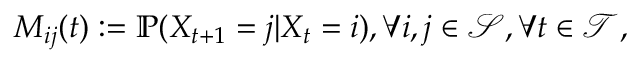
M _ { i j } ( t ) : = \mathbb { P } ( X _ { t + 1 } = j | X _ { t } = i ) , \forall i , j \in \mathcal { S } , \forall t \in \mathcal { T } ,